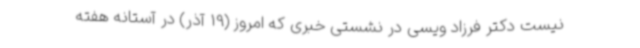
نیست دکتر فرزاد ویسی در نشستی خبری که امروز (19 آذر) در آستانه هفته